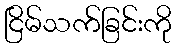
ငြိမ်သက်ခြင်းကို